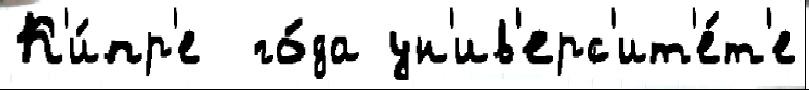
К'и́пр'е  го́да ун'ив'ерс'ит'е́т'е